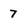
Character: 7